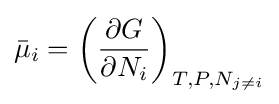
{\bar {\mu }}_{i}=\left({\frac {\partial G}{\partial N_{i}}}\right)_{T,P,N_{j\neq i}}